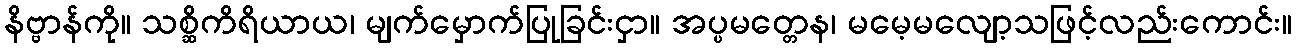
နိဗ္ဗာန်ကို။ သစ္ဆိကိရိယာယ၊ မျက်မှောက်ပြုခြင်းငှာ။ အပ္ပမတ္တေန၊ မမေ့မလျော့သဖြင့်လည်းကောင်း။